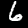
Digit: 6